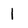
Character: l